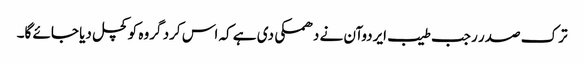
ترک صدر رجب طیب ایردوآن نے دھمکی دی ہے کہ اس کرد گروہ کو کچل دیا جائے گا۔